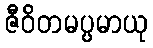
ဇီဝိတမပ္ပမာယု